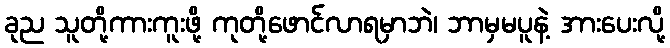
ခုည သူတို့ကားကူးဖို့ ကုတို့ဖောင်လာရမှာဘဲ၊ ဘာမှမပူနဲ့ အားပေးလို့